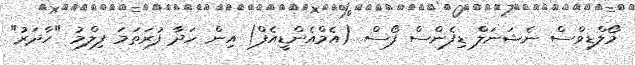
މޯލްޑިވްސް ނެޝަނަލް ޑިފެންސް ފޯސް (އެމްއެންޑީއެފް) އިން ހަދާ ފުރަތަމަ ފިލްމު "ހާދަރު"